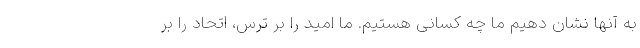
به آنها نشان دهیم ما چه کسانی هستیم. ما امید را بر ترس، اتحاد را بر